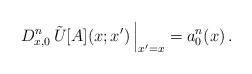
LaTeX: \begin{align*}\left. D_{x,0}^n \, \tilde U[A](x;x') \, \right\vert_{x' = x} = a_0^n(x) \,.\end{align*}